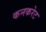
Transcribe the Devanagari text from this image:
कनकरेट